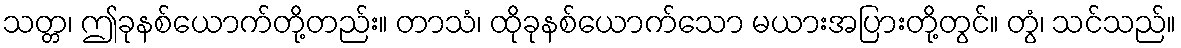
သတ္တ၊ ဤခုနစ်ယောက်တို့တည်း။ တာသံ၊ ထိုခုနစ်ယောက်သော မယားအပြားတို့တွင်။ တွံ၊ သင်သည်။